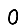
Digit: 0